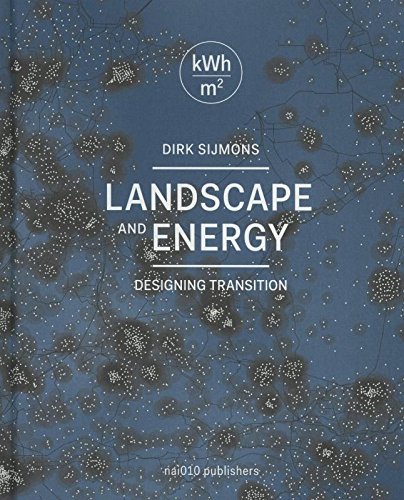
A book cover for Landscape and Energy: Designing Transition; Dirk Sijmons; Crafts, Hobbies & Home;